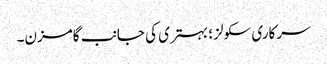
سرکاری سکولز ؛ بہتری کی جانب گامزن۔